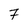
Character: 7